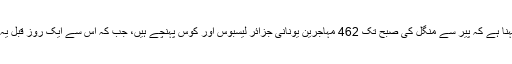
یونانی حکام کا کہنا ہے کہ پیر سے منگل کی صبح تک 462 مہاجرین یونانی جزائر لیسبوس اور کوس پہنچے ہیں، جب کہ اس سے ایک روز قبل یہ تعداد 129 تھی۔